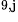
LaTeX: ^\textrm{\scriptsize 9,j}